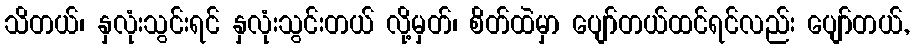
သိတယ်၊ နှလုံးသွင်းရင် နှလုံးသွင်းတယ် လို့မှတ်၊ စိတ်ထဲမှာ ပျော်တယ်ထင်ရင်လည်း ပျော်တယ်,